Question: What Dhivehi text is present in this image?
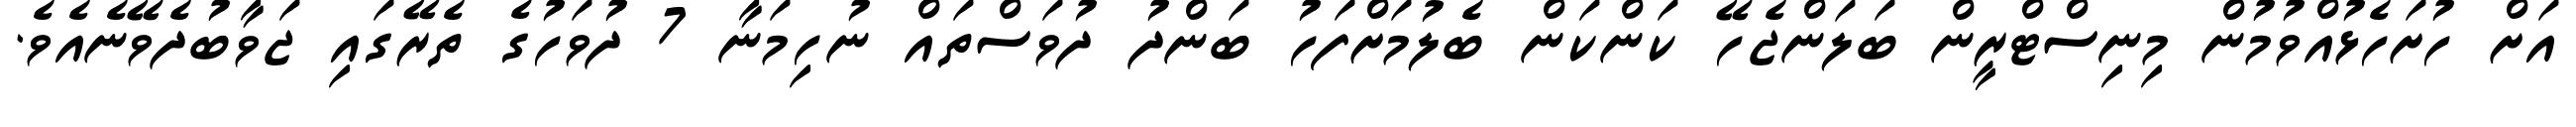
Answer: އަށް ހުށަހެޅުއްވުމުން މިނިސްޓްރީން ބަލަންޖެހޭ ކަންކަން ބެލުމަށްފަހު ބަންދު ދުވަސްތައް ނުހިމަނާ 7 ދުވަހުގެ ތެރޭގައި ޖަވާބުދެވޭނެއެވެ.